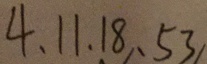
4 , 1 1 , 1 8 , 5 3